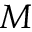
M